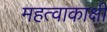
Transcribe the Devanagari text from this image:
महत्वाकाक्षी